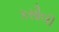
કસૌલી